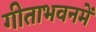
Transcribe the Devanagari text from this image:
गीताभवनमें